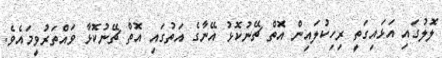
ލޮލުގައި އަޅައިގަތީ ރިހިކުލައިން އޮތް ޗޭނުކޮޅު އޭނާގެ އަތުގައި އޮތް ޗޭނުކޮޅާ ވައްތަރުވީމައެވެ.